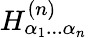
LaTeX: H_{\alpha_{1}...\alpha_{n}}^{(n)}